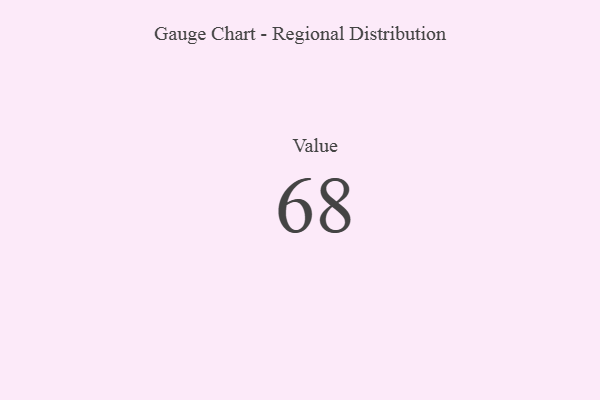
{"axis": {"x": "Metric", "y": "Value"}, "legend": [""], "data": [{"x": "Value", "y": 68, "type": ""}]}